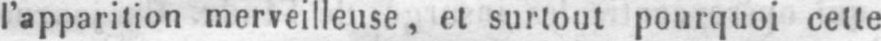
l’apparition merveilleuse, et surtout pourquoi cette